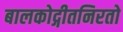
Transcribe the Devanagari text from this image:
बालकोद्गीतनिरतो